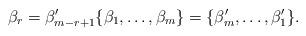
LaTeX: \begin{align*}\beta_r = \beta'_{m-r+1} \{\beta_1, \dots , \beta_m\} = \{\beta'_m, \dots , \beta'_1\}.\end{align*}